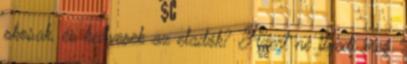
okosak, és kedvesek az eladók? Azert ne ilyedj meg.